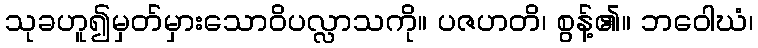
သုခဟူ၍မှတ်မှားသောဝိပလ္လာသကို။ ပဇဟတိ၊ စွန့်၏။ ဘဝေါဃံ၊